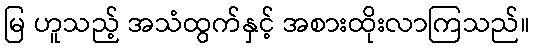
မြ ဟူသည့် အသံထွက်နှင့် အစားထိုးလာကြသည်။